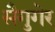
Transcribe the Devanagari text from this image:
सैगुगेर